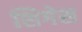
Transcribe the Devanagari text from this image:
शिगेस